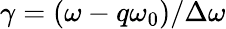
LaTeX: \gamma=(\omega-q\omega_{0})/\Delta\omega